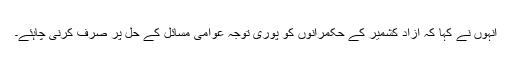
انہوں نے کہا کہ آزاد کشمیر کے حکمرانوں کو پوری توجہ عوامی مسائل کے حل پر صرف کرنی چاہئے۔